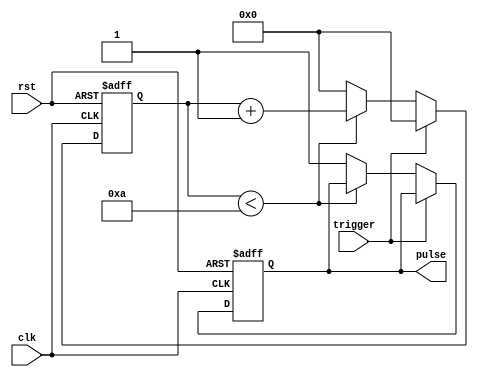
module one_shot_timer(
    input wire trigger,
    input wire clk,
    input wire rst,
    output reg pulse
);

parameter DURATION = 10; // Specified duration for the pulse

reg [31:0] count;

always @(posedge clk or posedge rst) begin
    if (rst) begin
        count <= 0;
        pulse <= 0;
    end else if (trigger) begin
        count <= 0;
    end else if (count < DURATION) begin
        count <= count + 1;
    end else begin
        count <= 0;
        pulse <= 1;
    end
end

endmodule